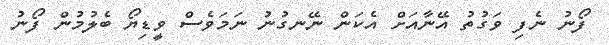
ފޯނު ނެފި ވަގުތު އޭނާއަށް އެކަން ނޭނގުނު ނަމަވެސް ވީޑިޔޯ ބެލުމުން ފޯނު